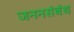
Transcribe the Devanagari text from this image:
जननसंबंध